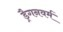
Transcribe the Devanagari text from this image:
ड्रैगनवर्म